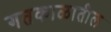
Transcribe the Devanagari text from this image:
गतकाळातील